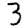
Digit: 3